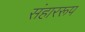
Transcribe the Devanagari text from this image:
संहाररूप